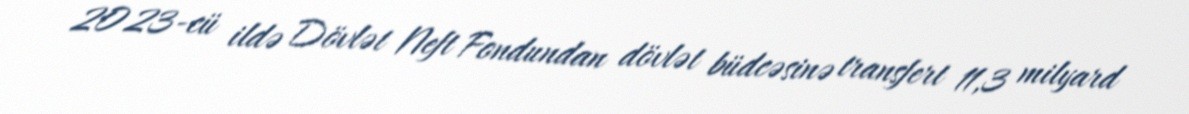
2023-cü ildə Dövlət Neft Fondundan dövlət büdcəsinə transfert 11,3 milyard